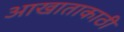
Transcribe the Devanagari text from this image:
आखाताकाठी